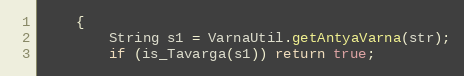
Language: Java
    {
        String s1 = VarnaUtil.getAntyaVarna(str);
        if (is_Tavarga(s1)) return true;